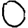
Digit: 0